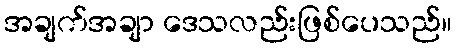
အချက်အချာ ဒေသလည်းဖြစ်ပေသည်။